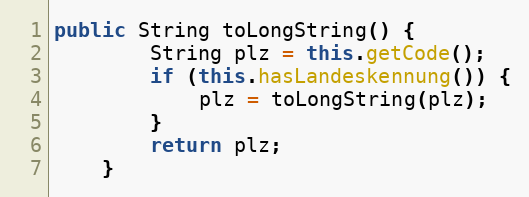
Language: Java
public String toLongString() {
        String plz = this.getCode();
        if (this.hasLandeskennung()) {
            plz = toLongString(plz);
        }
        return plz;
    }